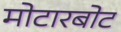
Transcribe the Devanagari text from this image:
मोटारबोट